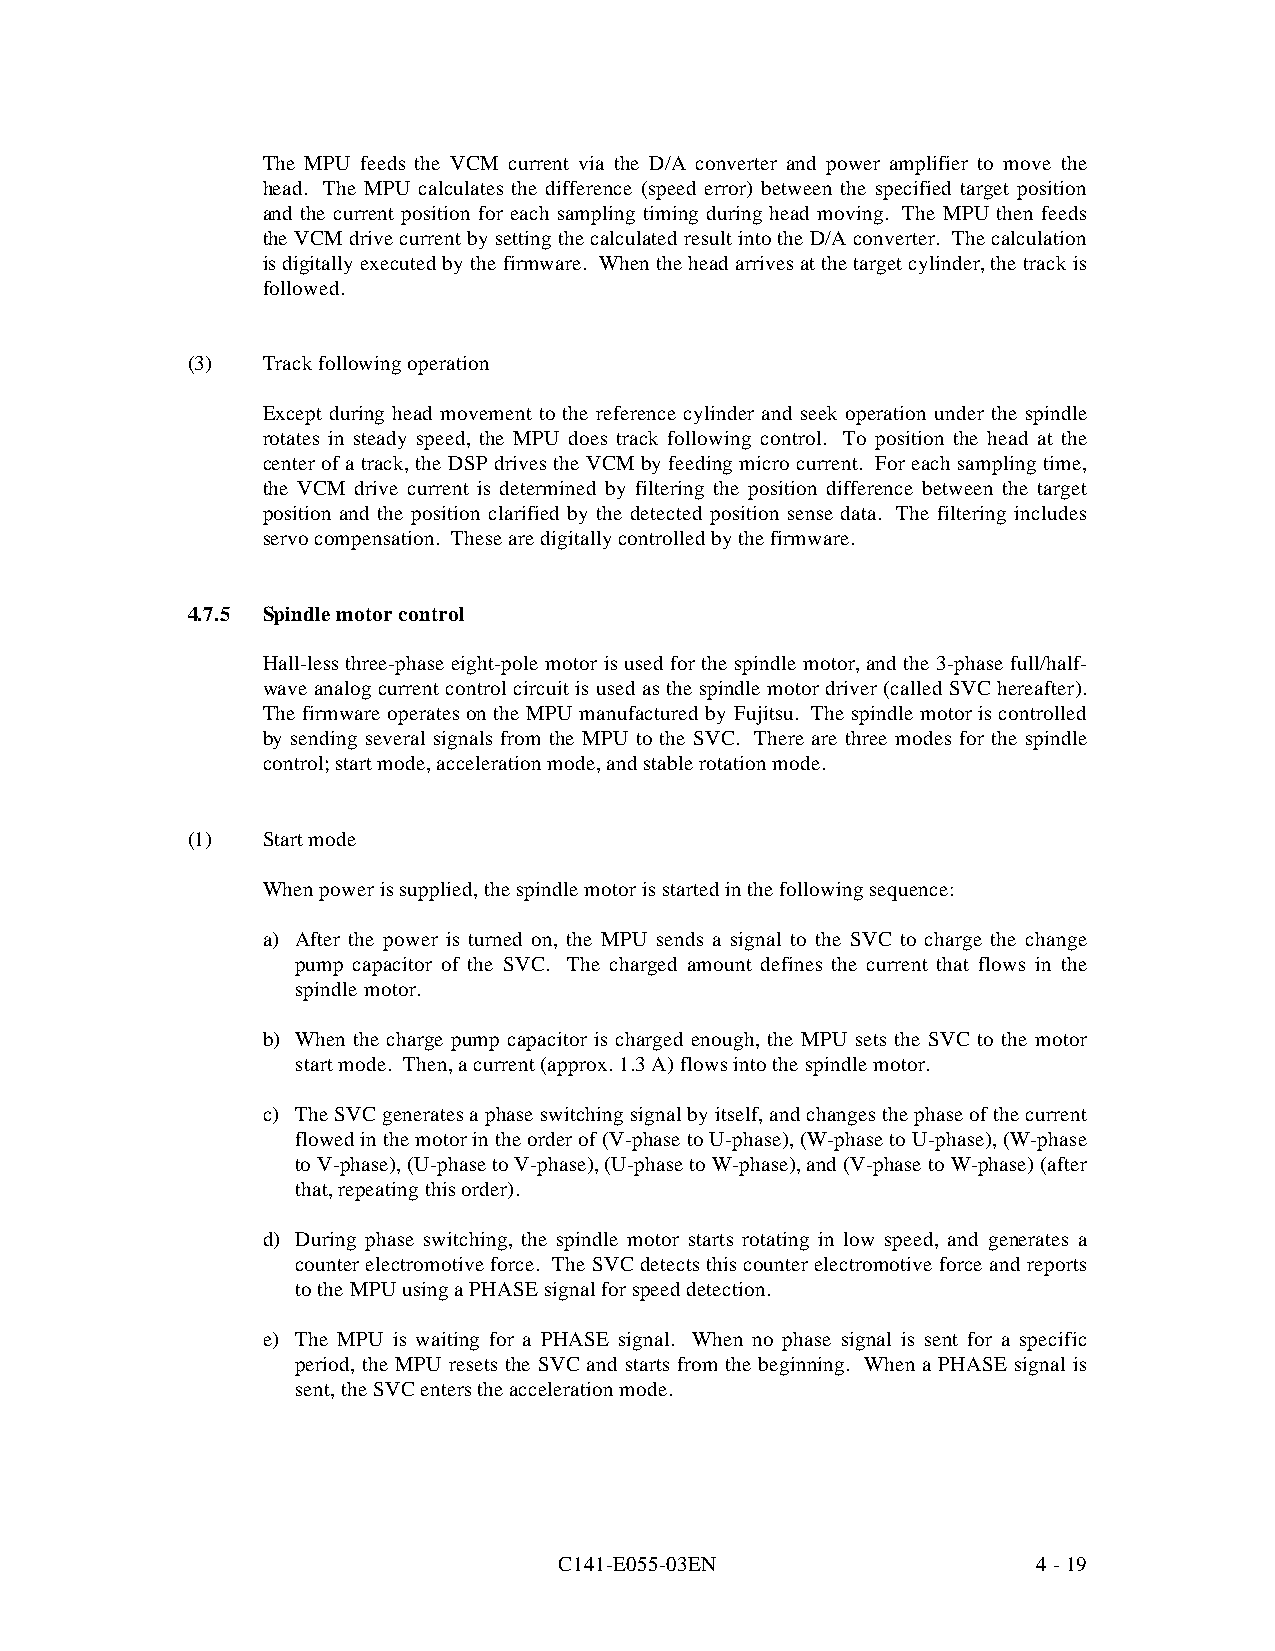
The MPU feeds the VCM current via the D/A converter and power amplifier to move the
 head. The MPU calculates the difference (speed error) between the specified target position
 and the current position for each sampling timing during head moving. The MPU then feeds
 the VCM drive current by setting the calculated result into the D/A converter. The calculation
 is digitally executed by the firmware. When the head arrives at the target cylinder, the track is
 followed.
 (3)  Track following operation
 Except during head movement to the reference cylinder and seek operation under the spindle
 rotates in steady speed, the MPU does track following control. To position the head at the
 center of a track, the DSP drives the VCM by feeding micro current. For each sampling time,
 the VCM drive current is determined by filtering the position difference between the target
 position and the position clarified by the detected position sense data. The filtering includes
 servo compensation. These are digitally controlled by the firmware.
 4.7.5 Spindle motor control
 Hall-less three-phase eight-pole motor is used for the spindle motor, and the 3-phase full/half-
 wave analog current control circuit is used as the spindle motor driver (called SVC hereafter).
 The firmware operates on the MPU manufactured by Fujitsu. The spindle motor is controlled
 by sending several signals from the MPU to the SVC. There are three modes for the spindle
 control; start mode, acceleration mode, and stable rotation mode.
 (1)  Start mode
 When power is supplied, the spindle motor is started in the following sequence:
 a) After the power is turned on, the MPU sends a signal to the SVC to charge the change
 pump capacitor of the SVC. The charged amount defines the current that flows in the
 spindle motor.
 b) When the charge pump capacitor is charged enough, the MPU sets the SVC to the motor
 start mode. Then, a current (approx. 1.3 A) flows into the spindle motor.
 c) The SVC generates a phase switching signal by itself, and changes the phase of the current
 flowed in the motor in the order of (V-phase to U-phase), (W-phase to U-phase), (W-phase
 to V-phase), (U-phase to V-phase), (U-phase to W-phase), and (V-phase to W-phase) (after
 that, repeating this order).
 d) During phase switching, the spindle motor starts rotating in low speed, and ge nerates a
 counter electromotive force. The SVC detects this counter electromotive force and reports
 to the MPU using a PHASE signal for speed detection.
 e) The MPU is waiting for a PHASE signal. When no phase signal is sent for a specific
 period, the MPU resets the SVC and starts from the beginning. When a PHASE signal is
 sent, the SVC enters the acceleration mode.
 C141-E055-03EN                  4 - 19